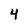
Character: 4